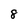
Character: 8